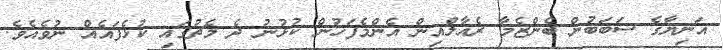
އަނިޔާގެ ސަބަބުން ބެންޒެމާ ރެއާލްއިން އެންމެފަހުން ކުޅުނު ދެ މެޗުގައި ކުޅެފައެއް ނުވެއެވެ.